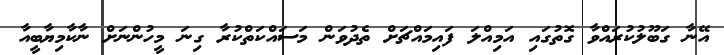
އޭނާ ގަބޫލުކުރައްވާ ގޮތުގައި އަމިއްލަ ފައިމައްޗަށް ތެދުވަން މަސައްކަތްކުރާ ގިނަ މީހުންނަށް ނާކާމިޔާބީއާ